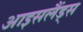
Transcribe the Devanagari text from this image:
आइसलैंड्स